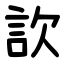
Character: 䚿